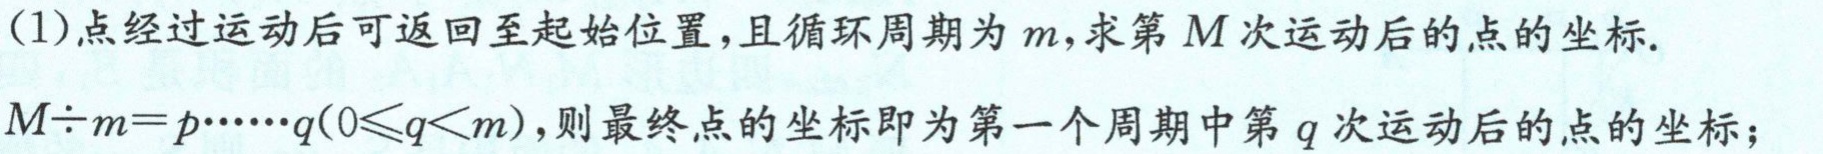
(1)点经过运动后可返回至起始位置，且循环周期为\(m\)，求第\(M\)次运动后的点的坐标.
\(M\div m = p\cdots\cdots q(0\leqslant q < m)\)，则最终点的坐标即为第一个周期中第\(q\)次运动后的点的坐标；